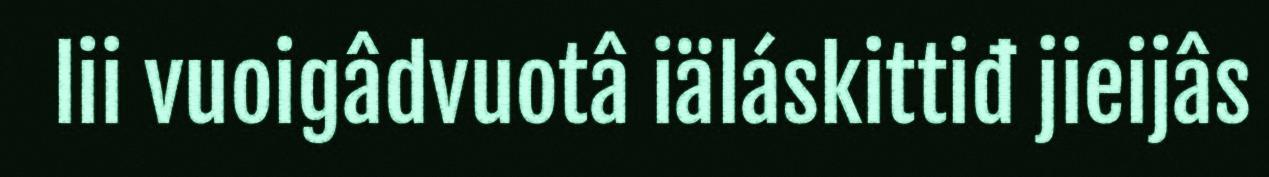
lii vuoigâdvuotâ iäláskittiđ jieijâs